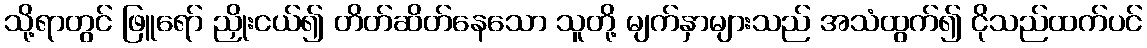
သို့ရာတွင် ဖြူရော် ညှိုးငယ်၍ တိတ်ဆိတ်နေသော သူတို့ မျက်နှာများသည် အသံထွက်၍ ငိုသည်ထက်ပင်